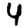
Digit: 4